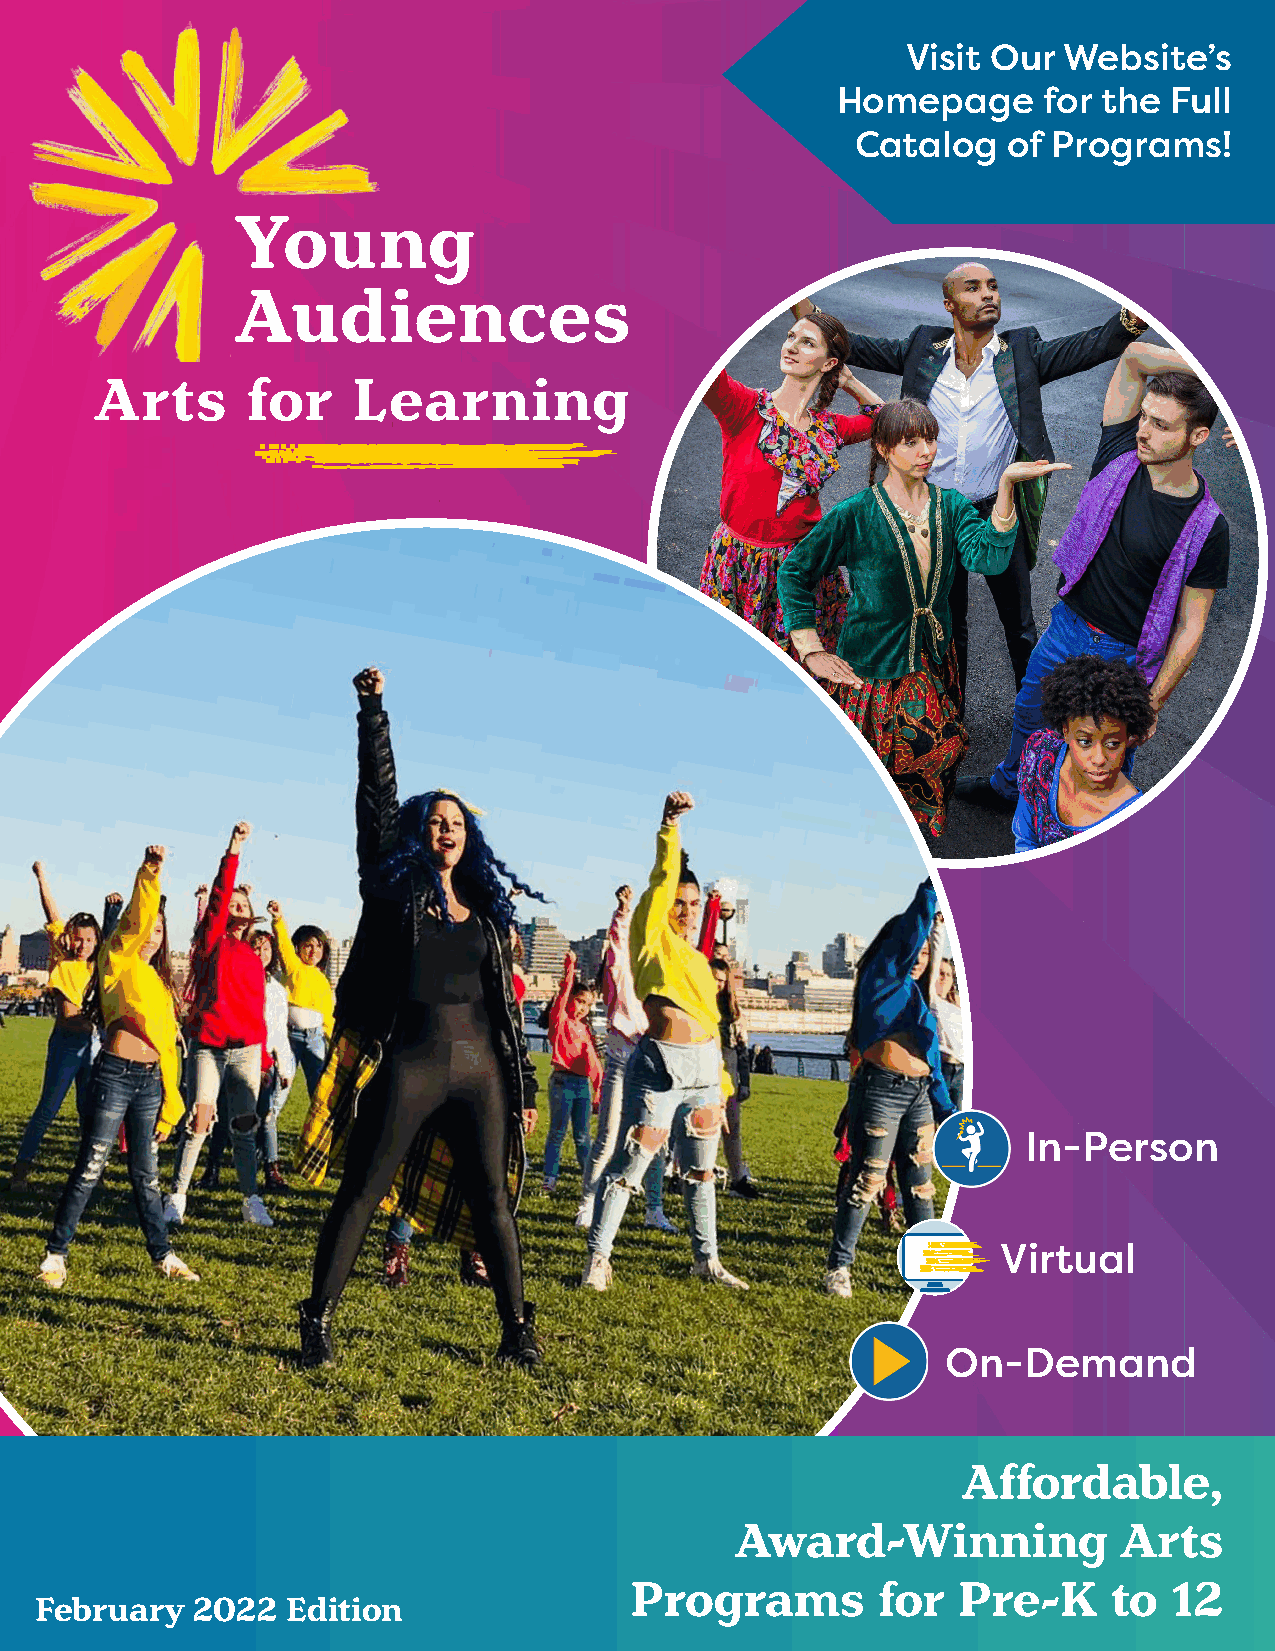
Visit Our Website’s
 Homepage      for the Full
 Catalog   of Programs!
 Young
 Audiences
 Arts      for    Learning
 In-Person
 Virtual
 On-Demand
 Affordable,
 Award-Winning            Arts
 Programs        for  Pre-K      to  12
 February   2022  Edition